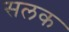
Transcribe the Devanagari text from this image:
सलक